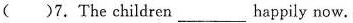
( )7.The children_happily now.